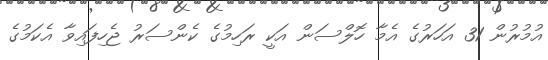
އުމުރުން 31 އަހަރުގެ އެމާ ހޮލްސަން އަކީ ރަހިމުގެ ކެންސަރު ޖެހިފައިވާ އެކަމުގެ